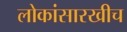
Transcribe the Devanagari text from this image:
लोकांसारखीच